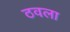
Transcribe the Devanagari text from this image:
ठवला